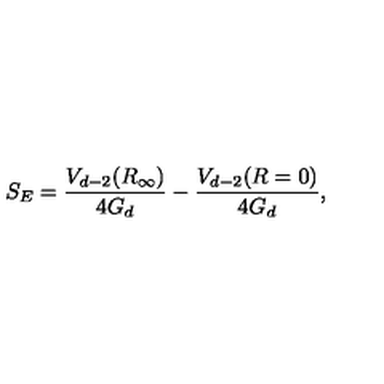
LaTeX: S _ { E } = \frac { V _ { d - 2 } ( R _ { \infty } ) } { 4 G _ { d } } - \frac { V _ { d - 2 } ( R = 0 ) } { 4 G _ { d } } ,